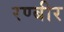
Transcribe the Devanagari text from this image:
रण्बीर